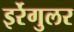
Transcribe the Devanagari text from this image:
इर्रेगुलर